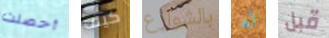
أحصلت كيف بالشوارع له قبل